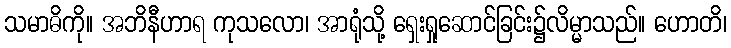
သမာဓိကို။ အဘိနီဟာရ ကုသလော၊ အာရုံသို့ ရှေးရှုဆောင်ခြင်း၌လိမ္မာသည်။ ဟောတိ၊